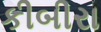
કીબીરા